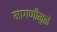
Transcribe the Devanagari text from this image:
मागणीमुळे